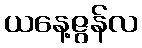
ယနေ့ဇွန်လ